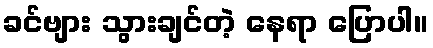
ခင်ဗျား သွားချင်တဲ့ နေရာ ပြောပါ။